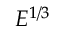
E ^ { 1 / 3 }